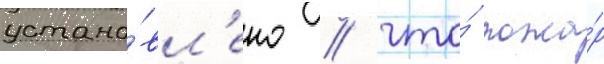
устано́вл'ено / что́ пожа́р